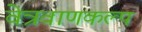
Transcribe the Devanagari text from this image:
वेत्रवाणकल्प